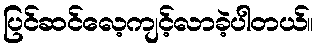
ပြင်ဆင်လေ့ကျင့်လာခဲ့ပါတယ်။